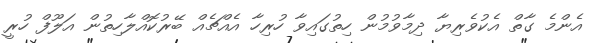
އެންމެ ގާތް އެކުވެރިޔާ ދިމާވުމުން ހިތުގައިވާ ހުރިހާ އެއްޗެއް ބޭރުކޮއްލާހިތުން އަލޫފް ހުރީ